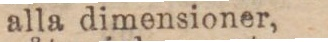
alla dimensioner,